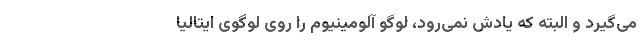
می‌گیرد و البته که یادش نمی‌رود، لوگو آلومینیوم را روی لوگوی ایتالیا